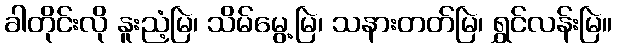
ခါတိုင်းလို နူးညံ့မြဲ၊ သိမ်မွေ့မြဲ၊ သနားတတ်မြဲ၊ ရွှင်လန်းမြဲ။